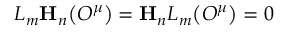
L _ { m } \mathbf { H } _ { n } \bigl ( { \cal O } ^ { \mu } \bigr ) = \mathbf { H } _ { n } L _ { m } \bigl ( { \cal O } ^ { \mu } \bigr ) = 0